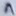
Text: A